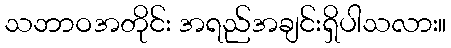
သဘာဝအတိုင်း အရည်အချင်းရှိပါသလား။